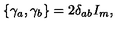
\left\{ \gamma _ { a } , \gamma _ { b } \right\} = 2 \delta _ { a b } I _ { m } ,